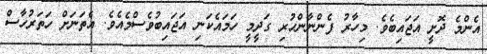
އެންމެ ދޮށީ އަޖައިބެވެ. މިހާރު ފެންނާންހުރި ގަދީމީ ހަމައެކަނި އަޖައިބުވެސްމެއެވެ. އެތަނަށް ހަތަރުހާސް